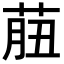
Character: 𦱙